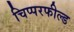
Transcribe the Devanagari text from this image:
चिप्परफील्ड